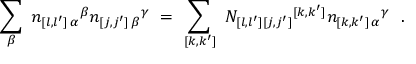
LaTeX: \sum _ { \beta } \ n _ { [ l , l ^ { \prime } ] \, \alpha } { } ^ { \beta } n _ { [ j , j ^ { \prime } ] \, \beta } { } ^ { \gamma } \ = \ \sum _ { [ k , k ^ { \prime } ] } \ N _ { [ l , l ^ { \prime } ] [ j , j ^ { \prime } ] } { } ^ { [ k , k ^ { \prime } ] } n _ { [ k , k ^ { \prime } ] \, \alpha } { } ^ { \gamma } \ \ .